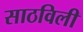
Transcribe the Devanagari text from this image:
साठविली